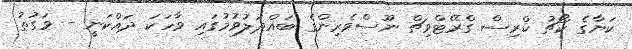
ކަޔާގެ ކޯޗު ކްރިސް ގްރޭޓްވިޗް ނޫސްވެރިންގެ ބައްދަލުވުމުގައި ވާހަކަ ދައްކަނީ - ވަގުތު